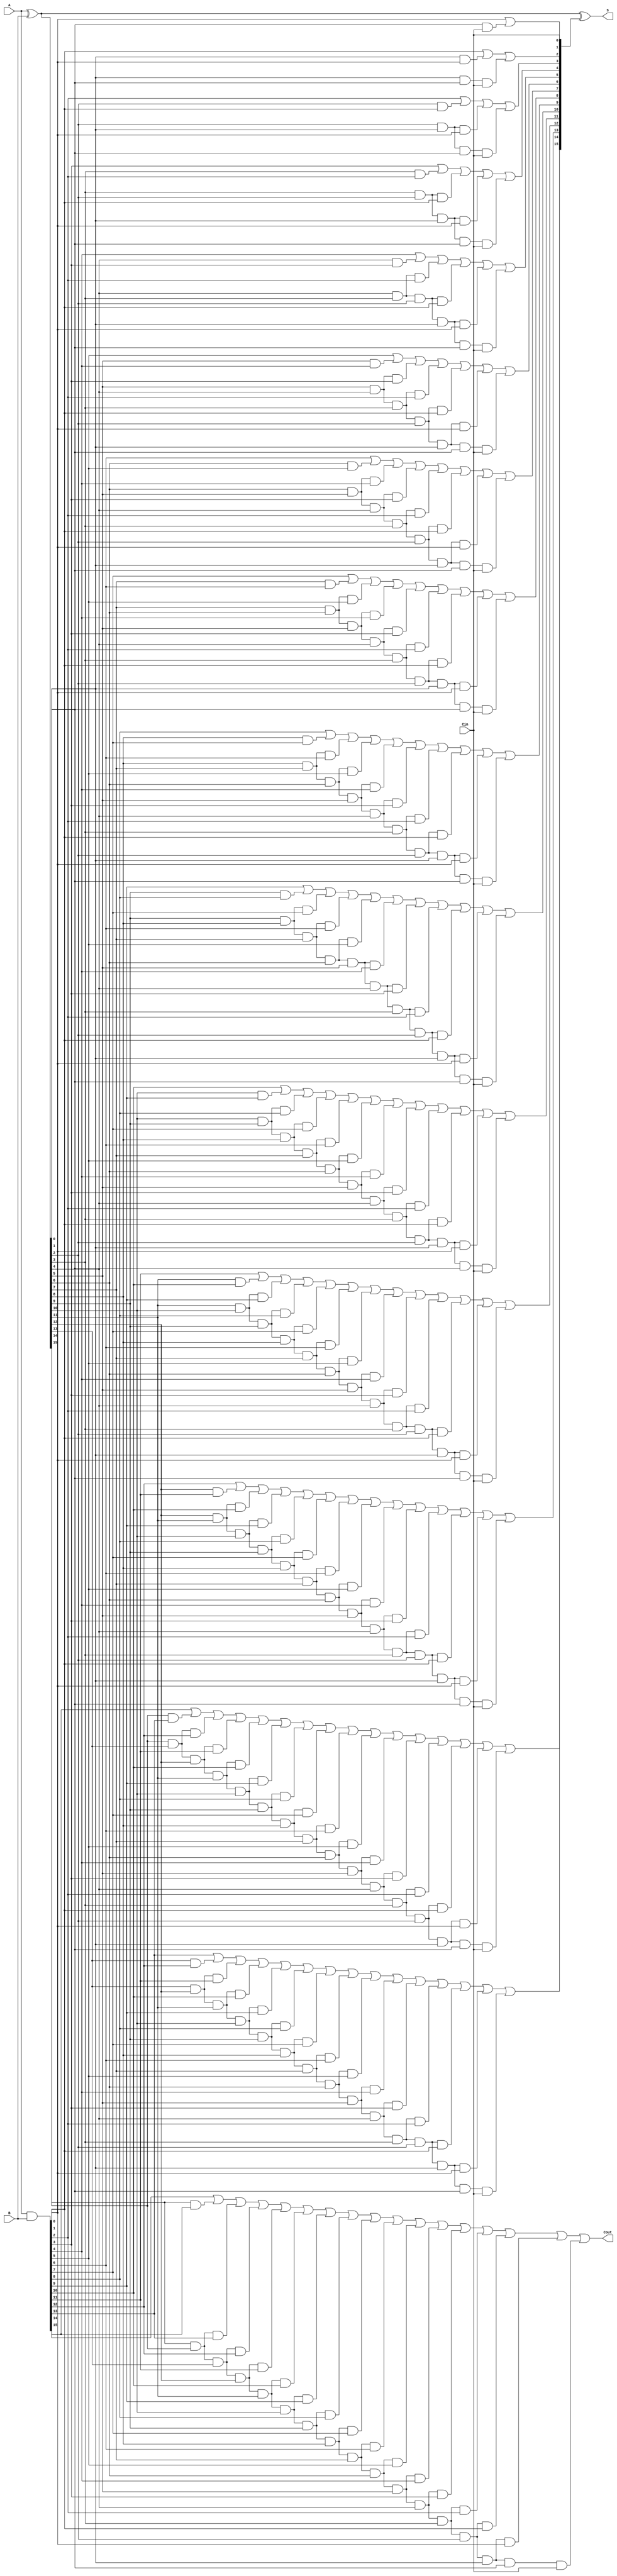
// Adder.v
// John Wilkes

// 16-bit adder with carry look-ahead
module Adder(input [15:0] A, B, input Cin, output [15:0] S, output Cout);

    wire [15:0] P, G, C;

    assign P = A ^ B;
    assign G = A & B;

    assign C[ 0] = Cin;
    assign C[ 1] = G[0] | (P[0] & C[0]);
    assign C[ 2] = G[1] | (P[1] & G[0]) | (P[1] & P[0] & C[0]);
    assign C[ 3] = G[2] | (P[2] & G[1]) | (P[2] & P[1] & G[0]) | (P[2] & P[1] & P[0] & C[0]);
    assign C[ 4] = G[3] | (P[3] & G[2]) | (P[3] & P[2] & G[1]) | (P[3] & P[2] & P[1] & G[0]) | (P[3] & P[2] & P[1] & P[0] & C[0]);
    assign C[ 5] = G[4] | (P[4] & G[3]) | (P[4] & P[3] & G[2]) | (P[4] & P[3] & P[2] & G[1]) | (P[4] & P[3] & P[2] & P[1] & G[0]) | (P[4] & P[3] & P[2] & P[1] & P[0] & C[0]);
    assign C[ 6] = G[5] | (P[5] & G[4]) | (P[5] & P[4] & G[3]) | (P[5] & P[4] & P[3] & G[2]) | (P[5] & P[4] & P[3] & P[2] & G[1]) | (P[5] & P[4] & P[3] & P[2] & P[1] & G[0]) | (P[5] & P[4] & P[3] & P[2] & P[1] & P[0] & C[0]);
    assign C[ 7] = G[6] | (P[6] & G[5]) | (P[6] & P[5] & G[4]) | (P[6] & P[5] & P[4] & G[3]) | (P[6] & P[5] & P[4] & P[3] & G[2]) | (P[6] & P[5] & P[4] & P[3] & P[2] & G[1]) | (P[6] & P[5] & P[4] & P[3] & P[2] & P[1] & G[0]) | (P[6] & P[5] & P[4] & P[3] & P[2] & P[1] & P[0] & C[0]);
    assign C[ 8] = G[7] | (P[7] & G[6]) | (P[7] & P[6] & G[5]) | (P[7] & P[6] & P[5] & G[4]) | (P[7] & P[6] & P[5] & P[4] & G[3]) | (P[7] & P[6] & P[5] & P[4] & P[3] & G[2]) | (P[7] & P[6] & P[5] & P[4] & P[3] & P[2] & G[1]) | (P[7] & P[6] & P[5] & P[4] & P[3] & P[2] & P[1] & G[0]) | (P[7] & P[6] & P[5] & P[4] & P[3] & P[2] & P[1] & P[0] & C[0]);
    assign C[ 9] = G[8] | (P[8] & G[7]) | (P[8] & P[7] & G[6]) | (P[8] & P[7] & P[6] & G[5]) | (P[8] & P[7] & P[6] & P[5] & G[4]) | (P[8] & P[7] & P[6] & P[5] & P[4] & G[3]) | (P[8] & P[7] & P[6] & P[5] & P[4] & P[3] & G[2]) | (P[8] & P[7] & P[6] & P[5] & P[4] & P[3] & P[2] & G[1]) | (P[8] & P[7] & P[6] & P[5] & P[4] & P[3] & P[2] & P[1] & G[0]) | (P[8] & P[7] & P[6] & P[5] & P[4] & P[3] & P[2] & P[1] & P[0] & C[0]);
    assign C[10] = G[9] | (P[9] & G[8]) | (P[9] & P[8] & G[7]) | (P[9] & P[8] & P[7] & G[6]) | (P[9] & P[8] & P[7] & P[6] & G[5]) | (P[9] & P[8] & P[7] & P[6] & P[5] & G[4]) | (P[9] & P[8] & P[7] & P[6] & P[5] & P[4] & G[3]) | (P[9] & P[8] & P[7] & P[6] & P[5] & P[4] & P[3] & G[2]) | (P[9] & P[8] & P[7] & P[6] & P[5] & P[4] & P[3] & P[2] & G[1]) | (P[9] & P[8] & P[7] & P[6] & P[5] & P[4] & P[3] & P[2] & P[1] & G[0]) | (P[9] & P[8] & P[7] & P[6] & P[5] & P[4] & P[3] & P[2] & P[1] & P[0] & C[0]);
    assign C[11] = G[10] | (P[10] & G[9]) | (P[10] & P[9] & G[8]) | (P[10] & P[9] & P[8] & G[7]) | (P[10] & P[9] & P[8] & P[7] & G[6]) | (P[10] & P[9] & P[8] & P[7] & P[6] & G[5]) | (P[10] & P[9] & P[8] & P[7] & P[6] & P[5] & G[4]) | (P[10] & P[9] & P[8] & P[7] & P[6] & P[5] & P[4] & G[3]) | (P[10] & P[9] & P[8] & P[7] & P[6] & P[5] & P[4] & P[3] & G[2]) | (P[10] & P[9] & P[8] & P[7] & P[6] & P[5] & P[4] & P[3] & P[2] & G[1]) | (P[10] & P[9] & P[8] & P[7] & P[6] & P[5] & P[4] & P[3] & P[2] & P[1] & G[0]) | (P[10] & P[9] & P[8] & P[7] & P[6] & P[5] & P[4] & P[3] & P[2] & P[1] & P[0] & C[0]);
    assign C[12] = G[11] | (P[11] & G[10]) | (P[11] & P[10] & G[9]) | (P[11] & P[10] & P[9] & G[8]) | (P[11] & P[10] & P[9] & P[8] & G[7]) | (P[11] & P[10] & P[9] & P[8] & P[7] & G[6]) | (P[11] & P[10] & P[9] & P[8] & P[7] & P[6] & G[5]) | (P[11] & P[10] & P[9] & P[8] & P[7] & P[6] & P[5] & G[4]) | (P[11] & P[10] & P[9] & P[8] & P[7] & P[6] & P[5] & P[4] & G[3]) | (P[11] & P[10] & P[9] & P[8] & P[7] & P[6] & P[5] & P[4] & P[3] & G[2]) | (P[11] & P[10] & P[9] & P[8] & P[7] & P[6] & P[5] & P[4] & P[3] & P[2] & G[1]) | (P[11] & P[10] & P[9] & P[8] & P[7] & P[6] & P[5] & P[4] & P[3] & P[2] & P[1] & G[0]) | (P[11] & P[10] & P[9] & P[8] & P[7] & P[6] & P[5] & P[4] & P[3] & P[2] & P[1] & P[0] & C[0]);
    assign C[13] = G[12] | (P[12] & G[11]) | (P[12] & P[11] & G[10]) | (P[12] & P[11] & P[10] & G[9]) | (P[12] & P[11] & P[10] & P[9] & G[8]) | (P[12] & P[11] & P[10] & P[9] & P[8] & G[7]) | (P[12] & P[11] & P[10] & P[9] & P[8] & P[7] & G[6]) | (P[12] & P[11] & P[10] & P[9] & P[8] & P[7] & P[6] & G[5]) | (P[12] & P[11] & P[10] & P[9] & P[8] & P[7] & P[6] & P[5] & G[4]) | (P[12] & P[11] & P[10] & P[9] & P[8] & P[7] & P[6] & P[5] & P[4] & G[3]) | (P[12] & P[11] & P[10] & P[9] & P[8] & P[7] & P[6] & P[5] & P[4] & P[3] & G[2]) | (P[12] & P[11] & P[10] & P[9] & P[8] & P[7] & P[6] & P[5] & P[4] & P[3] & P[2] & G[1]) | (P[12] & P[11] & P[10] & P[9] & P[8] & P[7] & P[6] & P[5] & P[4] & P[3] & P[2] & P[1] & G[0]) | (P[12] & P[11] & P[10] & P[9] & P[8] & P[7] & P[6] & P[5] & P[4] & P[3] & P[2] & P[1] & P[0] & C[0]);
    assign C[14] = G[13] | (P[13] & G[12]) | (P[13] & P[12] & G[11]) | (P[13] & P[12] & P[11] & G[10]) | (P[13] & P[12] & P[11] & P[10] & G[9]) | (P[13] & P[12] & P[11] & P[10] & P[9] & G[8]) | (P[13] & P[12] & P[11] & P[10] & P[9] & P[8] & G[7]) | (P[13] & P[12] & P[11] & P[10] & P[9] & P[8] & P[7] & G[6]) | (P[13] & P[12] & P[11] & P[10] & P[9] & P[8] & P[7] & P[6] & G[5]) | (P[13] & P[12] & P[11] & P[10] & P[9] & P[8] & P[7] & P[6] & P[5] & G[4]) | (P[13] & P[12] & P[11] & P[10] & P[9] & P[8] & P[7] & P[6] & P[5] & P[4] & G[3]) | (P[13] & P[12] & P[11] & P[10] & P[9] & P[8] & P[7] & P[6] & P[5] & P[4] & P[3] & G[2]) | (P[13] & P[12] & P[11] & P[10] & P[9] & P[8] & P[7] & P[6] & P[5] & P[4] & P[3] & P[2] & G[1]) | (P[13] & P[12] & P[11] & P[10] & P[9] & P[8] & P[7] & P[6] & P[5] & P[4] & P[3] & P[2] & P[1] & G[0]) | (P[13] & P[12] & P[11] & P[10] & P[9] & P[8] & P[7] & P[6] & P[5] & P[4] & P[3] & P[2] & P[1] & P[0] & C[0]);
    assign C[15] = G[14] | (P[14] & G[13]) | (P[14] & P[13] & G[12]) | (P[14] & P[13] & P[12] & G[11]) | (P[14] & P[13] & P[12] & P[11] & G[10]) | (P[14] & P[13] & P[12] & P[11] & P[10] & G[9]) | (P[14] & P[13] & P[12] & P[11] & P[10] & P[9] & G[8]) | (P[14] & P[13] & P[12] & P[11] & P[10] & P[9] & P[8] & G[7]) | (P[14] & P[13] & P[12] & P[11] & P[10] & P[9] & P[8] & P[7] & G[6]) | (P[14] & P[13] & P[12] & P[11] & P[10] & P[9] & P[8] & P[7] & P[6] & G[5]) | (P[14] & P[13] & P[12] & P[11] & P[10] & P[9] & P[8] & P[7] & P[6] & P[5] & G[4]) | (P[14] & P[13] & P[12] & P[11] & P[10] & P[9] & P[8] & P[7] & P[6] & P[5] & P[4] & G[3]) | (P[14] & P[13] & P[12] & P[11] & P[10] & P[9] & P[8] & P[7] & P[6] & P[5] & P[4] & P[3] & G[2]) | (P[14] & P[13] & P[12] & P[11] & P[10] & P[9] & P[8] & P[7] & P[6] & P[5] & P[4] & P[3] & P[2] & G[1]) | (P[14] & P[13] & P[12] & P[11] & P[10] & P[9] & P[8] & P[7] & P[6] & P[5] & P[4] & P[3] & P[2] & P[1] & G[0]) | (P[14] & P[13] & P[12] & P[11] & P[10] & P[9] & P[8] & P[7] & P[6] & P[5] & P[4] & P[3] & P[2] & P[1] & P[0] & C[0]);
    assign Cout  = G[15] | (P[15] & G[14]) | (P[15] & P[14] & G[13]) | (P[15] & P[14] & P[13] & G[12]) | (P[15] & P[14] & P[13] & P[12] & G[11]) | (P[15] & P[14] & P[13] & P[12] & P[11] & G[10]) | (P[15] & P[14] & P[13] & P[12] & P[11] & P[10] & G[9]) | (P[15] & P[14] & P[13] & P[12] & P[11] & P[10] & P[9] & G[8]) | (P[15] & P[14] & P[13] & P[12] & P[11] & P[10] & P[9] & P[8] & G[7]) | (P[15] & P[14] & P[13] & P[12] & P[11] & P[10] & P[9] & P[8] & P[7] & G[6]) | (P[15] & P[14] & P[13] & P[12] & P[11] & P[10] & P[9] & P[8] & P[7] & P[6] & G[5]) | (P[15] & P[14] & P[13] & P[12] & P[11] & P[10] & P[9] & P[8] & P[7] & P[6] & P[5] & G[4]) | (P[15] & P[14] & P[13] & P[12] & P[11] & P[10] & P[9] & P[8] & P[7] & P[6] & P[5] & P[4] & G[3]) | (P[15] & P[14] & P[13] & P[12] & P[11] & P[10] & P[9] & P[8] & P[7] & P[6] & P[5] & P[4] & P[3] & G[2]) | (P[15] & P[14] & P[13] & P[12] & P[11] & P[10] & P[9] & P[8] & P[7] & P[6] & P[5] & P[4] & P[3] & P[2] & G[1]) | (P[15] & P[14] & P[13] & P[12] & P[11] & P[10] & P[9] & P[8] & P[7] & P[6] & P[5] & P[4] & P[3] & P[2] & P[1] & G[0]) | (P[15] & P[14] & P[13] & P[12] & P[11] & P[10] & P[9] & P[8] & P[7] & P[6] & P[5] & P[4] & P[3] & P[2] & P[1] & P[0] & C[0]);

    assign S = P ^ C;

endmodule